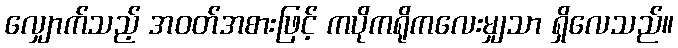
လျှောက်သည့် အဝတ်အစားဖြင့် ကပိုကရိုကလေးမျှသာ ရှိလေသည်။